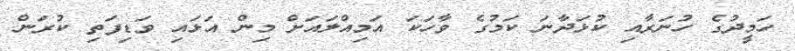
ހަމީދުގެ ހުނަރާއި ކުޅަދާނަ ކަމުގެ ވާހަކަ އަމިއްލައަށް މިން އަޅައި ވަޑިފަތި ކުރަން